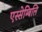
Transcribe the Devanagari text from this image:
एस्सेम्बिलि